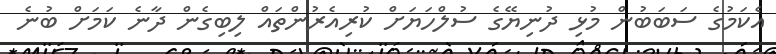
އެކަމުގެ ސަބަބުން މުޅި ދުނިޔޭގެ ސުލްހަޔަށް ކުރިއެރުންތައް ލިބިގެން ދާނެ ކަމަށް ބުނެ